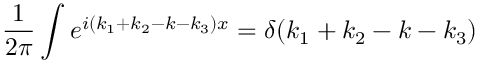
\frac { 1 } { 2 \pi } \int e ^ { i ( k _ { 1 } + k _ { 2 } - k - k _ { 3 } ) x } = \delta ( k _ { 1 } + k _ { 2 } - k - k _ { 3 } )